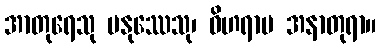
အာတုရေသု မနုဿေသု၊ ဝိဟရာမ အနာတုရာ။